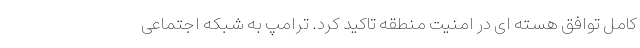
کامل توافق هسته ای در امنیت منطقه تاکید کرد. ترامپ به شبکه اجتماعی